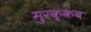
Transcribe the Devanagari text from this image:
मुरक्कब